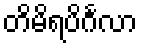
တိမိရပိင်္ဂလာ